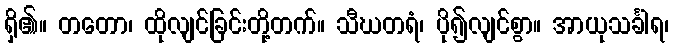
ရှိ၏။ တတော၊ ထိုလျင်ခြင်းတို့တက်။ သီဃတရံ၊ ပို၍လျင်စွာ။ အာယုသင်္ခါရ၊